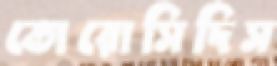
তোরোসিদিস